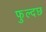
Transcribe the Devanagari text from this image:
फुल्दछ